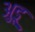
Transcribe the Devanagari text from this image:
अुडू